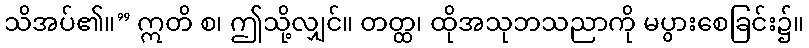
သိအပ်၏။” ဣတိ စ၊ ဤသို့လျှင်။ တတ္ထ၊ ထိုအသုဘသညာကို မပွားစေခြင်း၌။